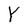
Character: Y